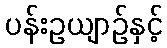
ပန်းဥယျာဉ်နှင့်